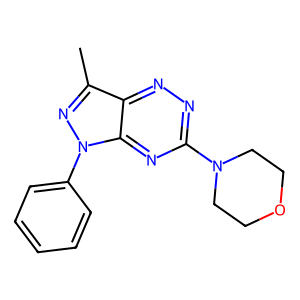
SMILES: Cc1nn(-c2ccccc2)c2nc(N3CCOCC3)nnc12
Inhibits HIV replication: No